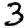
Digit: 3